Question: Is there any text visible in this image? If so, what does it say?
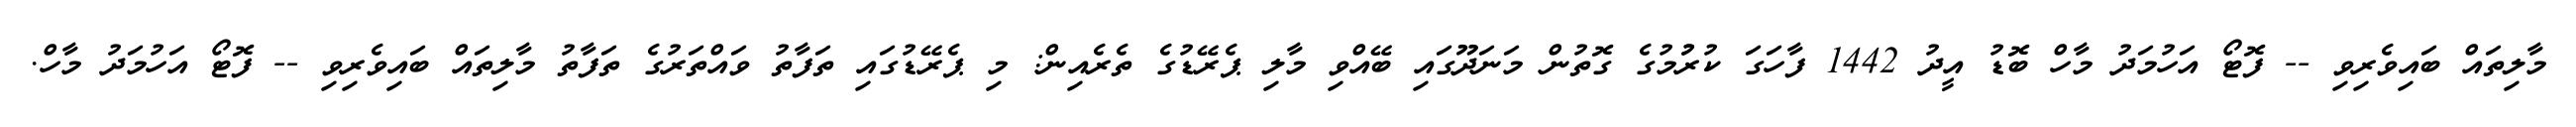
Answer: މާލިތައް ބައިވެރިވި -- ފޮޓޯ އަހުމަދު މާހް ބޮޑު އީދު 1442 ފާހަގަ ކުރުުމުގެ ގޮތުން މަނަދޫގައި ބޭއްވި މާލި ޕެރޭޑުގެ ތެރެއިން: މި ޕެރޭޑުގައި ތަފާތު ވައްތަރުގެ ތަފާތު މާލިތައް ބައިވެރިވި -- ފޮޓޯ އަހުމަދު މާހް.